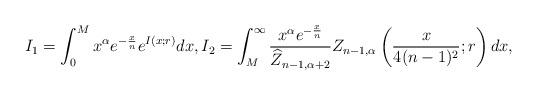
LaTeX: \begin{align*}I_{1} = \int_{0}^{M} x^{\alpha} e^{ -\frac{x}{n}} e^{I(x;r)}dx, I_{2} = \int_{M}^{\infty} \frac{x^\alpha e^{-\frac{x}{n}}}{\widehat{Z}_{n-1,\alpha+2}} Z_{n-1,\alpha}\left(\frac{x}{4(n-1)^{2}};r \right) dx,\end{align*}